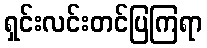
ရှင်းလင်းတင်ပြကြရာ